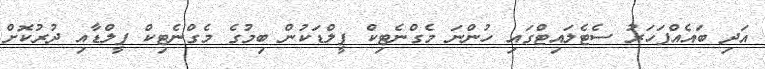
އަދި ބައެއްފަހަރު ސެޓެލައިޓްގައި ހުންނަ މެގްނެޓިކް ފީލްޑަކުން ބިމުގެ މެގްނެޓިކް ފީލްޑާއި ދުރުކޮށް